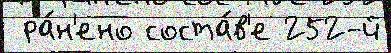
 ра́н'ено соста́в'е 252-й